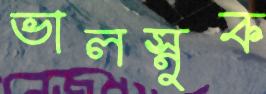
ভালস্নুক